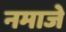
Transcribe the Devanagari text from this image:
नमाजे